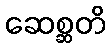
ဆေစ္ဆတိ